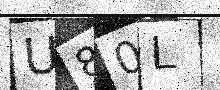
Text: U80L